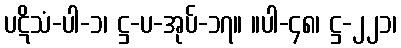
ပဋိသံ-ပါ-၁၊ ဋ္ဌ-ပ-အုပ်-၁၇။ ။ပါ-၄၈၊ ဋ္ဌ-၂၂၁၊